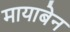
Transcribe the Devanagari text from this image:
मायाबेन